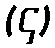
(၄)